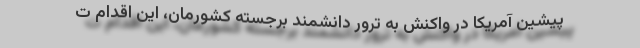
پیشین آمریکا در واکنش به ترور دانشمند برجسته کشورمان، این اقدام ت